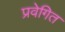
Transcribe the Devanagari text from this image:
प्रवेगित